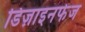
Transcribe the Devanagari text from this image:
डिज़ाइनफेज